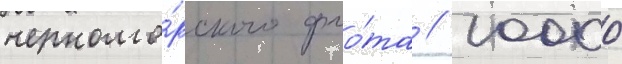
черномо́рского фло́та // 10000